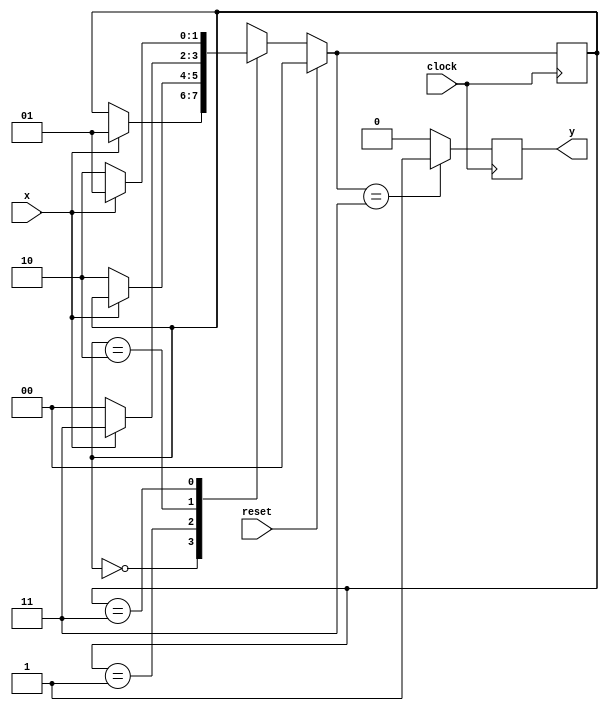
`timescale 1ns / 1ps

module FSM(clock,reset,x,y);
input clock; // clock signal
input reset; // reset input
input x; // binary input
output reg y; // output of the sequence detector
parameter  s0=2'b00; // "Zero" State
parameter  s1=2'b01;
parameter  s2=2'b10;
parameter  s3=2'b11;


reg [1:0] current_state, next_state;
always @(current_state or x)
begin
	case(current_state)
	s0:
	begin
	if(x==1)
	next_state=s1;
	else
	next_state=current_state;
	end
	
	s1:
	begin
	if(x==0)
	next_state=s2;
	else
	next_state=current_state;
	end
	
	s2:begin
	if(x==1)
	next_state=s3;
	else
	next_state=s0;
	end
	
	s3:
	begin
	if(x==1)
	next_state=s1;
	else
	next_state=s2;
	end
	default:next_state=s0;
	endcase
end

always@(posedge clock)
begin 
	y=0;
	if(reset)
	current_state=s0;
	else
	current_state=next_state;
	if(current_state==s3)
	y=1;
end

endmodule